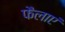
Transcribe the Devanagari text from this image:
फैलाएं